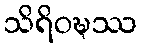
သိရိဝဍ္ဎဿ